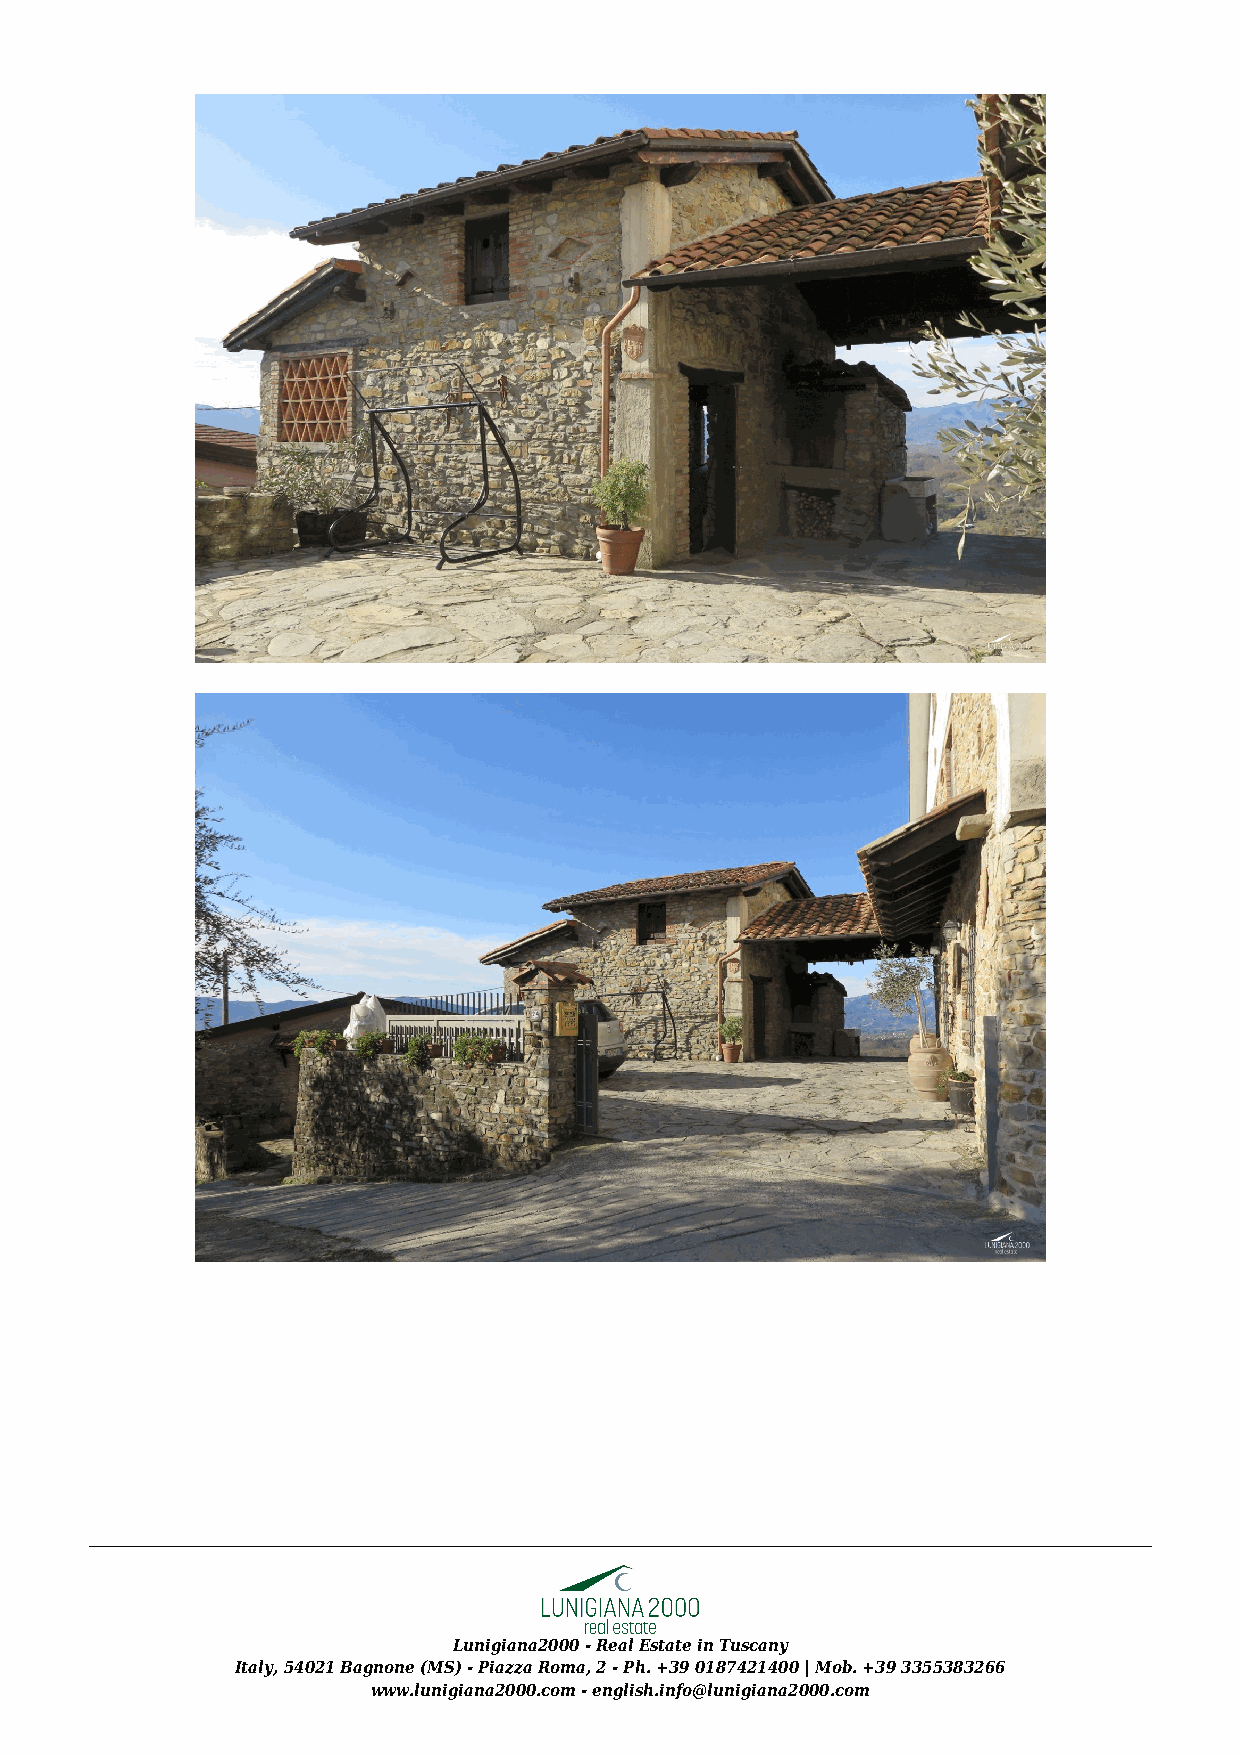
Lunigiana2000 - Real Estate in Tuscany
 Italy, 54021 Bagnone (MS) - Piazza Roma, 2 - Ph. +39 0187421400 | Mob. +39 3355383266
 www.lunigiana2000.com - english.info@lunigiana2000.com